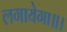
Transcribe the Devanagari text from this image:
लगायेगा॥।